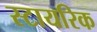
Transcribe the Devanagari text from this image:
स्टायरिक